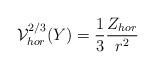
LaTeX: \begin{align*}{\cal V}_{hor}^{2/3}(Y)={1\over 3}{Z_{hor}\over r^2}\end{align*}